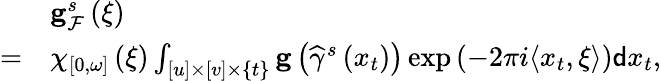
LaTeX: \begin{array}{rl}&{\mathbf{g}_{\mathcal{F}}^{s}\left(\xi\right)}\\ {=}&{\chi_{\left[0,\omega\right]}\left(\xi\right)\int_{\left[u\right]\times\left[v\right]\times\{ t\} }\mathbf{g}\left(\widehat{\gamma}^{s}\left(x_{t}\right)\right)\exp\left(-2\pi i\langle x_{t},\xi\rangle\right)\mathsf{d}x_{t},}\end{array}